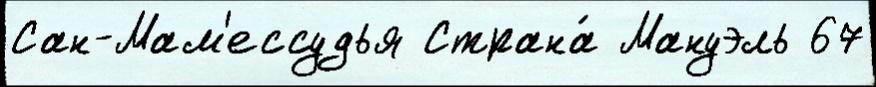
Сан-Мам'ессудья Страна́ Мануэль 67